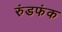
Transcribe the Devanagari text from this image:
रुंडफंक